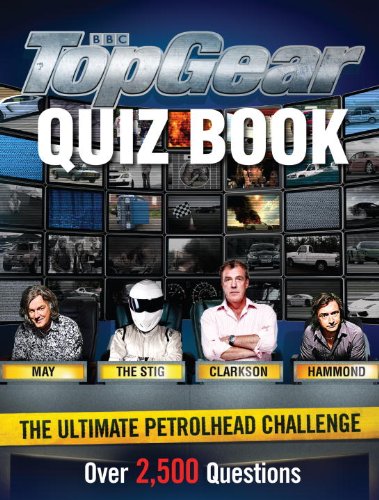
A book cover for Top Gear Quiz Book; Matt Master; Humor & Entertainment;